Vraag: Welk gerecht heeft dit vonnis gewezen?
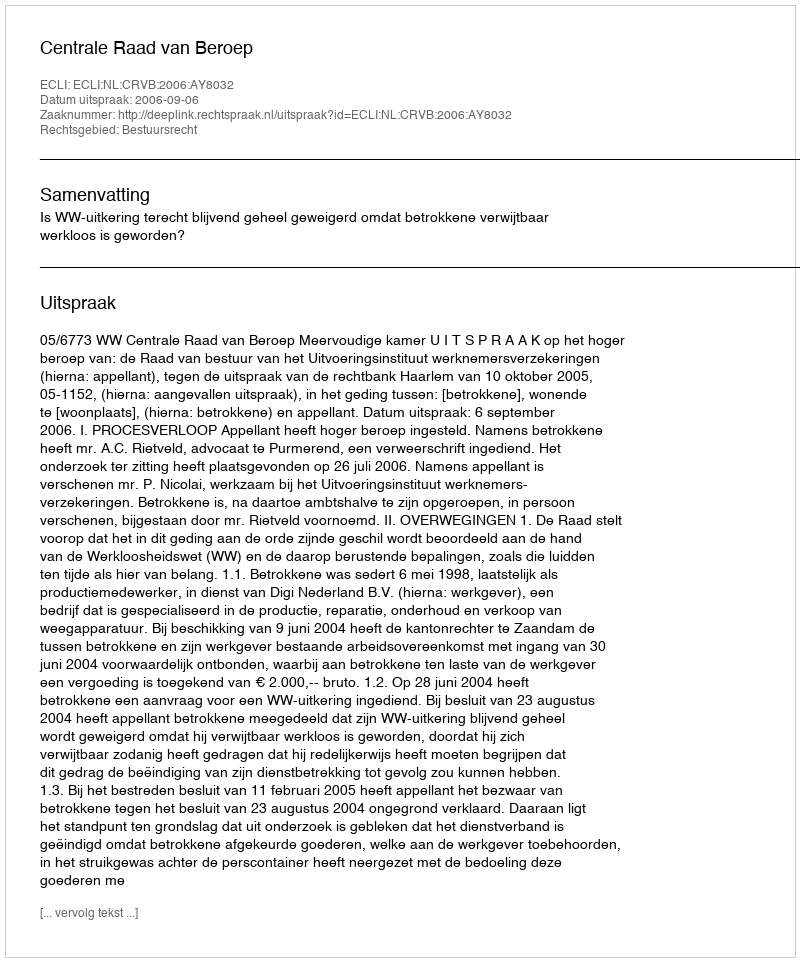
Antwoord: Centrale Raad van Beroep